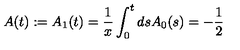
A ( t ) : = A _ { 1 } ( t ) = \frac { 1 } { x } \int _ { 0 } ^ { t } d s A _ { 0 } ( s ) = - \frac { 1 } { 2 }